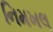
નિમખલ